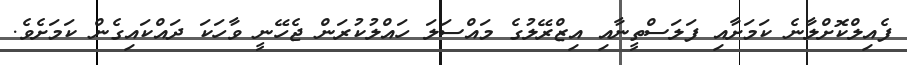
ފެއިލްކޮށްލާނެ ކަމަށާއި ފަލަސްތީނާއި އިޒްރޭލުގެ މައްސަލަ ހައްލުކުރަން ޖެހޭނީ ވާހަކަ ދައްކައިގެން ކަމަށެވެ.